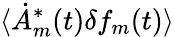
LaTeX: \langle\dot{A}_{m}^{*}(t)\delta f_{m}(t)\rangle